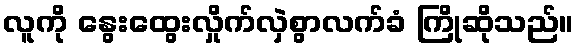
လူကို နွေးထွေးလှိုက်လှဲစွာလက်ခံ ကြိုဆိုသည်။